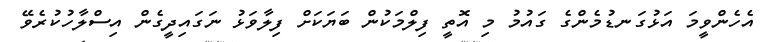
އެހެންވީމަ އަޅުގަނޑުމެންގެ ގައުމު މި އޮތީ ފިލްމަކުން ބަޔަކަށް ފިލާވަޅު ނަގައިދީގެން އިސްލާހުކުރެވޭ